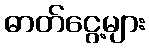
ဓာတ်ငွေ့များ